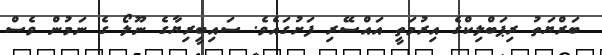
ބަރްޔަތު ރިޕަބްލިކްގެ އިރުމަތީ އައްސޭރި ފަށުގައެވެ. ސައިބީރިޔާގެ ނޫލޯ ގެ ނަމުން ވެސް